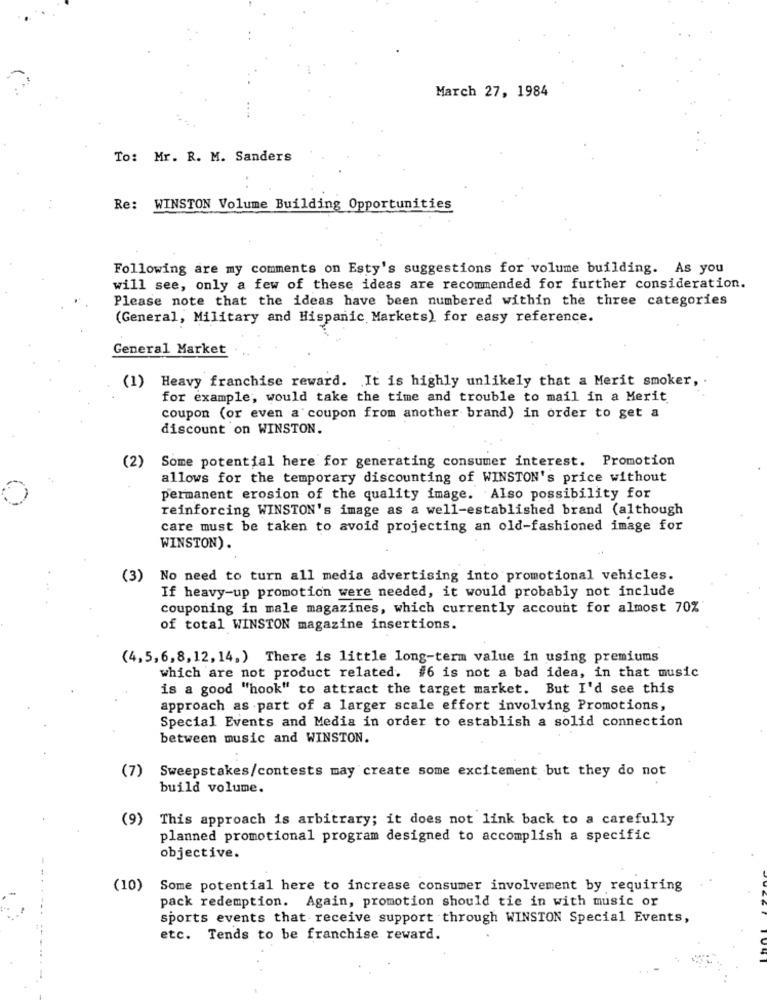
March 27, 1984
To: Mr. R. M. Sanders
Re: WINSTON Volume Building Opportunities
Following are my comments on Esty's suggestions for volume building. As you
will see, only a few of these ideas are recommended for further consideration.
Please note that the ideas have been numbered within the three categories
(General, Military and Hispanic Markets) for easy reference.
General Market
(1) Heavy franchise reward. It is highly unlikely that a Merit smoker, .
for example, would take the time and trouble to mail in a Merit
coupon (or even a coupon from another brand) in order to get a
discount on WINSTON.
(2)
Some potential here for generating consumer interest. Promotion
allows for the temporary discounting of WINSTON's price without
permanent erosion of the quality image. Also possibility for
reinforcing WINSTON's image as a well-established brand (although
care must be taken to avoid projecting an old-fashioned image for
WINSTON).
(3) No need to turn all media advertising into promotional vehicles.
If heavy-up promotion were needed, it would probably not include
couponing in male magazines, which currently account for almost 70%
of total WINSTON magazine insertions.
(4,5, 6,8,12, 14,) There is little long-term value in using premiums
which are not product related. #6 is not a bad idea, in that music
is a good "hook" to attract the target market. But I'd see this
approach as part of a larger scale effort involving Promotions,
Special Events and Media in order to establish a solid connection
between music and WINSTON.
(7)
Sweepstakes/contests may create some excitement but they do not
build volume.
(9)
This approach is arbitrary; it does not link back to a carefully
planned promotional program designed to accomplish a specific
objective.
(10)
Some potential here to increase consumer involvement by requiring
pack redemption. Again, promotion should tie in with music or
sports events that receive support through WINSTON Special Events,
etc. Tends to be franchise reward.
---------